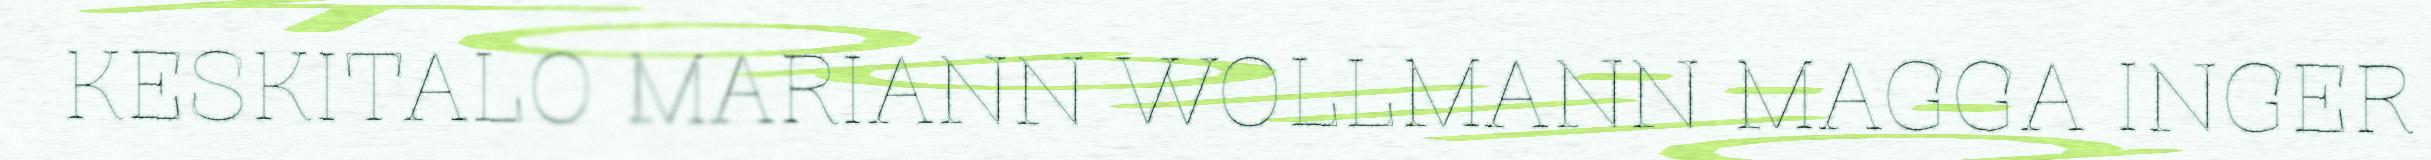
KESKITALO MARIANN WOLLMANN MAGGA INGER